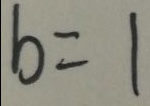
b = 1